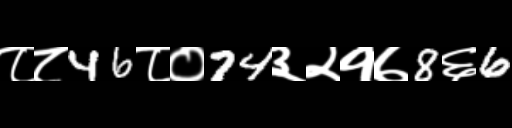
Text: ८८46८०74३२१७8६6